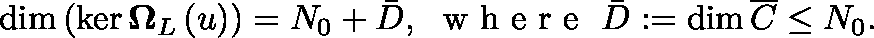
\dim \left( \ker \mathbf { \Omega } _ { L } \left( \mathfrak { u } \right) \right) = N _ { 0 } + \bar { D } , \ \mathrm { ~ w ~ h ~ e ~ r ~ e ~ } \ \bar { D } : = \dim \overline { { \mathfrak { C } } } \le N _ { 0 } .